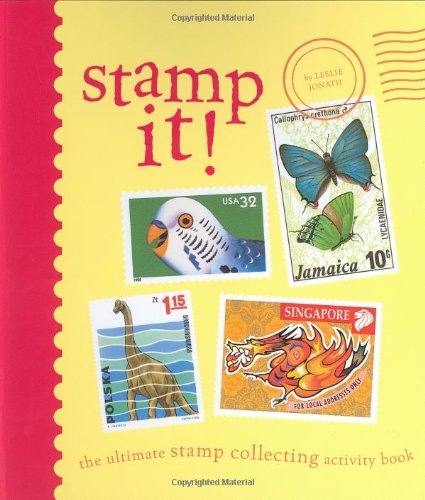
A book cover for Stamp It!: The Ultimate Stamp Collecting Activity Book; Leslie Jonath; Teen & Young Adult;